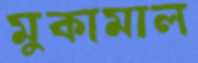
মুকামাল